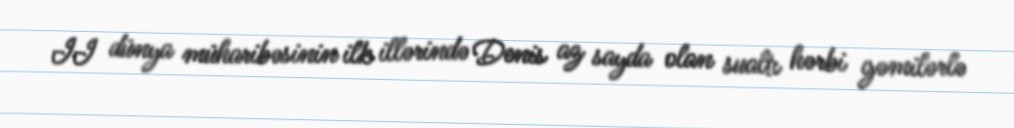
II dünya müharibəsinin ilk illərində Denis az sayda olan sualtı hərbi gəmilərlə